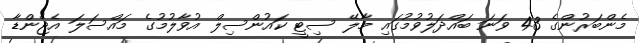
މެންބަރުންގެ 43 ވަނަ ބައްދަލުވުމުގައި މާލޭ ސިޓީ ކައުންސިލް އުވާލުމުގެ މައްސަލަ އެޖެންޑާ